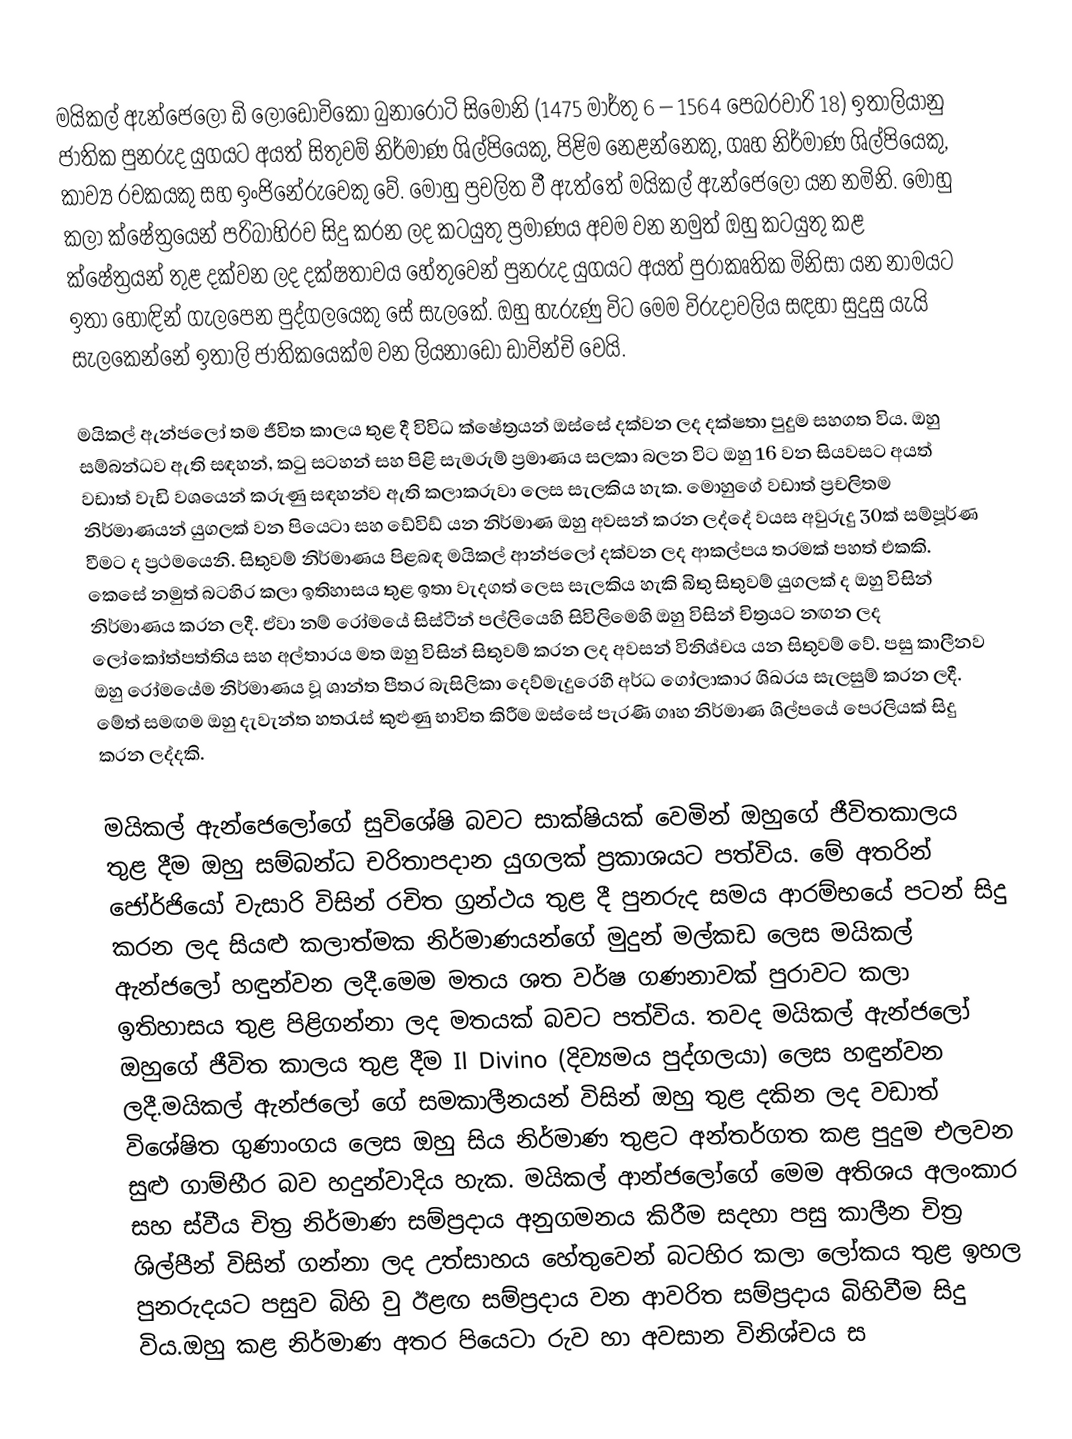
මයිකල් ඇන්ජෙලෝ ඩි ලොඩොවිකෝ බුනාරොටි සිමෝනි (1475 මාර්තු 6 – 1564 පෙබරවාරි 18) ඉතාලියානු ජාතික පුනරුද යුගයට අයත් සිතුවම් නිර්මාණ ශිල්පියෙකු, පිළිම නෙ‍ළන්නෙකු, ගෘහ නිර්මාණ ශිල්පියෙකු, කාව්‍ය රචකයකු සහ ඉංජිනේරුවෙකු වේ. මොහු ප්‍රචලිත වී ඇත්තේ මයිකල් ඇන්ජෙලෝ යන නමිනි. මොහු කලා ක්ෂේත්‍රයෙන් පරිබාහිරව සිදු කරන ලද කටයුතු ප්‍රමාණය අවම වන නමුත් ඔහු කටයුතු කළ ක්ෂේත්‍රයන් තුළ දක්වන ලද දක්ෂතාවය හේතුවෙන් පුනරුද යුගයට අයත් පුරාකෘතික මිනිසා යන නාමයට ඉතා හොඳින් ගැලපෙන පුද්ගලයෙකු සේ සැලකේ. ඔහු හැරුණු විට මෙම විරුදාවලිය සඳහා සුදුසු යැයි සැලකෙන්නේ ඉතාලි ජාතිකයෙක්ම වන ලිය‍නාඩෝ ඩාවින්චි වෙයි.

මයිකල් ඇන්ජලෝ තම ජීවිත කාලය තුළ දී විවිධ ක්ෂේත්‍රයන් ඔස්සේ දක්වන ලද දක්ෂතා පුදුම සහගත විය. ඔහු සම්බන්ධව ඇති සඳහන්, කටු සටහන් සහ පිළි සැමරුම් ප්‍රමාණය සලකා බලන විට ඔහු 16 වන සියවසට අයත් වඩාත් වැඩි වශයෙන් කරුණු සඳහන්ව ඇති කලාකරුවා ලෙස සැලකිය හැක. මොහුගේ වඩාත් ප්‍රචලිතම නිර්මාණයන් යුගලක් වන පියෙටා සහ ඩේවිඩ් යන නිර්මාණ ඔහු අවසන් කරන ලද්දේ වයස අවුරුදු 30ක් සම්පූර්ණ වීමට ද ප්‍රථමයෙනි. සිතුවම් නිර්මාණය පිළබඳ මයිකල් ආන්ජලෝ දක්වන ලද ආකල්පය තරමක් පහත් එකකි. කෙසේ නමුත් බටහිර කලා ඉතිහාසය තුළ ඉතා වැදගත් ලෙස සැලකිය හැකි බිතු සිතුවම් යුගලක් ද ඔහු විසින් නිර්මාණය කරන ලදී. ඒවා නම් රෝමයේ සිස්ටීන් පල්ලියෙහි සිවිලිමෙහි ඔහු විසින් චිත්‍රයට නඟන ලද ලෝකෝත්පත්තිය සහ අල්තාරය මත ඔහු විසින් සිතුවම් කරන ලද අවසන් විනිශ්චය යන සිතුවම් වේ. පසු කාලීනව ඔහු රෝමයේම නිර්මාණය වූ ශාන්ත පීතර බැසිලිකා දෙව්මැදුරෙහි අර්ධ ගෝලාකාර ශිඛරය සැලසුම් කරන ලදී. මේත් සමඟම ඔහු දැවැන්ත හතරැස් කුළුණු භාවිත කිරීම ඔස්සේ පැරණි ගෘහ නිර්මාණ ශිල්පයේ පෙරලියක් සිදු කරන ලද්දකි.

මයිකල් ඇන්ජෙලෝගේ සුවිශේෂි බවට සාක්ෂියක් වෙමින් ඔහුගේ ජීවිතකාලය තුළ දීම ඔහු සම්බන්ධ චරිතාපදාන යුගලක් ප්‍රකාශයට පත්විය. මේ අතරින් ජෝර්ජියෝ වැසාරි විසින් රචිත ග්‍රන්ථය තුළ දී පුනරුද සමය ආරම්භයේ පටන් සිදු කරන ලද සියළු කලාත්මක නිර්මාණයන්ගේ මුදුන් මල්කඩ ලෙස මයිකල් ඇන්‍ජලෝ හඳුන්වන ලදී.මෙම මතය ශත වර්ෂ ගණනාවක් පුරාවට කලා ඉතිහාසය තුළ පිළිගන්නා ලද මතයක් බවට පත්විය. තවද මයිකල් ඇන්ජලෝ ඔහුගේ ජීවිත කාලය තුළ දීම Il Divino (දිව්‍යමය පුද්ගලයා) ලෙස හඳුන්වන ලදී.මයිකල් ඇන්‍ජලෝ ගේ සමකාලීනයන් විසින් ඔහු තුළ දකින ලද වඩාත් විශේෂිත ගුණාංගය ලෙස ඔහු සිය නිර්මාණ තුළට අන්තර්ගත කළ පුදුම එලවන සුළු ගාම්භීර බව හදුන්වාදිය හැක. මයිකල් ආන්ජලෝගේ මෙම අතිශය අලංකාර සහ ස්වීය චිත්‍ර නිර්මාණ සම්ප්‍රදාය අනුගමනය කිරීම සදහා පසු කාලීන චිත්‍ර ශිල්පීන් විසින් ගන්නා ලද උත්සාහය හේතුවෙන් බටහිර කලා ලෝකය තුළ ඉහල පුනරුදයට පසුව බිහි වු ඊළඟ සම්ප්‍රදාය වන ආවරිත සම්ප්‍රදාය බිහිවීම සිදු විය.ඔහු කළ නිර්මාණ අතර පියෙටා රුව හා අවසාන විනිශ්චය ස